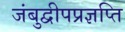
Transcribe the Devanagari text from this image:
जंबुद्वीपप्रज्ञप्ति